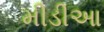
મીડીઆ